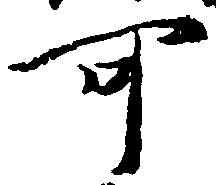
可